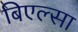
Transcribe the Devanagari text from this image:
बिएल्सा